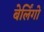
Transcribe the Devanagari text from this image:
बेर्लिंगो